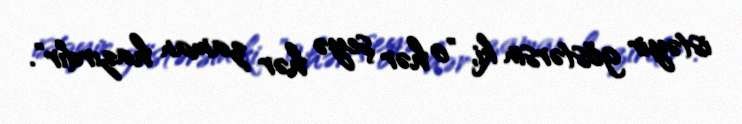
istəyir göstərsin ki, "o hər şeyə hər zaman hazırdır".